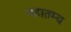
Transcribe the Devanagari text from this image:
महातम्य